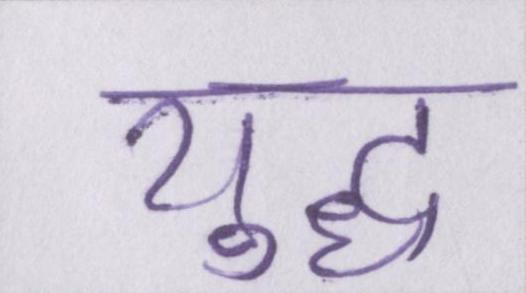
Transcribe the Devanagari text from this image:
युद्ध